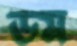
ডম